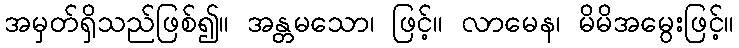
အမှတ်ရှိသည်ဖြစ်၍။ အန္တမသော၊ ဖြင့်။ လာမေန၊ မိမိအမွေးဖြင့်။